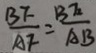
\frac { B F } { A F } = \frac { B E } { A B }